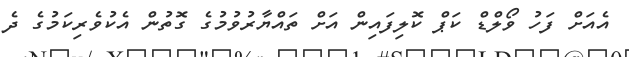
އެއަށް ފަހު ވޯލްޑް ކަޕް ކޮލިފައިން އަށް ތައްޔާރުވުމުގެ ގޮތުން އެކުވެރިކަމުގެ ދެ